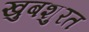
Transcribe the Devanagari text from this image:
खुबशुरत